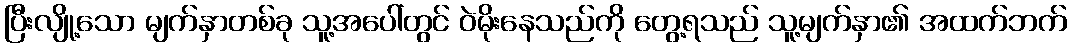
ပြီးလျို့သော မျက်နှာတစ်ခု သူ့အပေါ်တွင် ဝဲမိုးနေသည်ကို တွေ့ရသည် သူ့မျက်နှာ၏ အထက်ဘက်